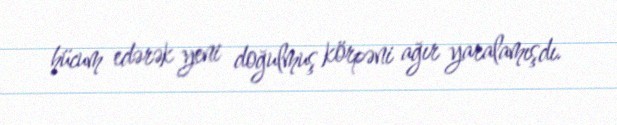
hücum edərək yeni doğulmuş körpəni ağır yaralamışdı.